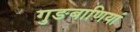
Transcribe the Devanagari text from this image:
गुङबाणियां